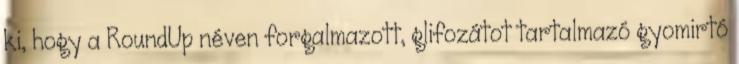
ki, hogy a RoundUp néven forgalmazott, glifozátot tartalmazó gyomirtó